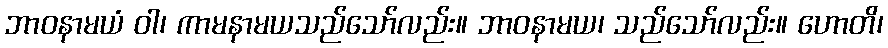
ဘာဝနာမယံ ဝါ၊ ကာမနာမယသည်သော်လည်း။ ဘာဝနာမယ၊ သည်သော်လည်း။ ဟောတိ၊